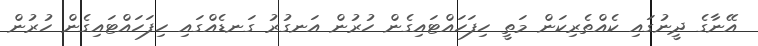
އޭނާގެ ދީނުގައި ކެއްތެރިކަން މަތީ ހިފަހައްޓައިގެން ހުރުން އަނގުރު ގަނޑެއްގައި ހިފަހައްޓައިގެން ހުރުން